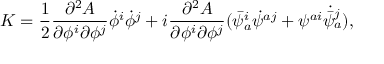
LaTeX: K = \frac { 1 } { 2 } \frac { \partial ^ { 2 } A } { \partial \phi ^ { i } \partial \phi ^ { j } } \dot { \phi } ^ { i } \dot { \phi } ^ { j } + i \frac { \partial ^ { 2 } A } { \partial \phi ^ { i } \partial \phi ^ { j } } ( \bar { \psi } _ { a } ^ { i } \dot { \psi } ^ { a j } + \psi ^ { a i } \dot { \bar { \psi } _ { a } ^ { j } } ) ,